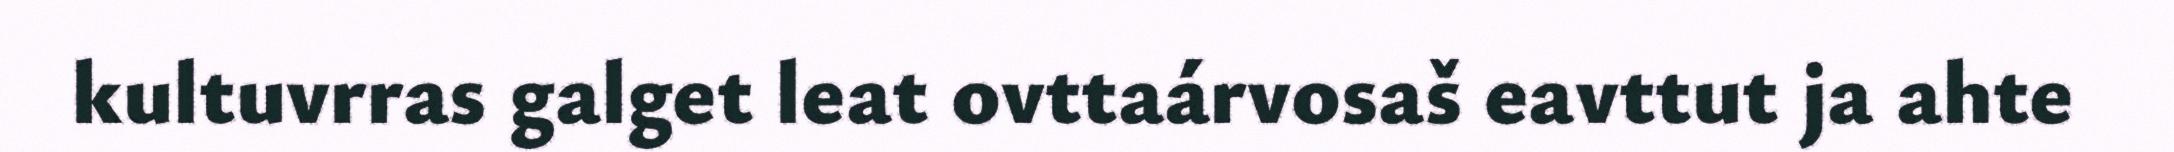
kultuvrras galget leat ovttaárvosaš eavttut ja ahte